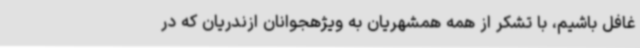
غافل باشیم، با تشکر از همه همشهریان به ویژهجوانان ازندریان که در